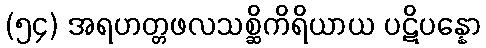
(၅၄) အရဟတ္တဖလသစ္ဆိကိရိယာယ ပဋိပန္နော